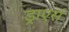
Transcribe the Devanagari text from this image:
ड्राएर्स